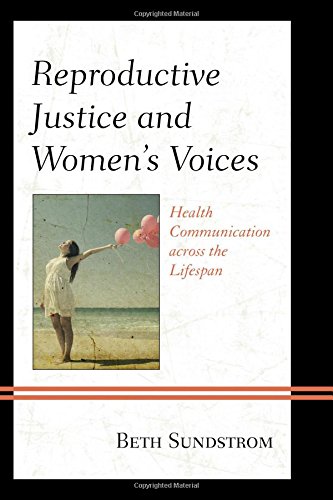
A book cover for Reproductive Justice and Women's Voices: Health Communication across the Lifespan; Beth L. Sundstrom; Gay & Lesbian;